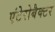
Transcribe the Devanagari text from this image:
एंटेरोबैक्टर